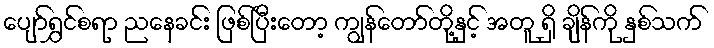
ပျော်ရွှင်စရာ ညနေခင်း ဖြစ်ပြီးတော့ ကျွန်တော်တို့နှင့် အတူ ရှိ ချိန်ကို နှစ်သက်